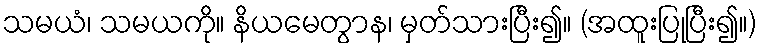
သမယံ၊ သမယကို။ နိယမေတွာန၊ မှတ်သားပြီး၍။ (အထူးပြုပြီး၍။)